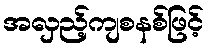
အလှည့်ကျစနစ်ဖြင့်